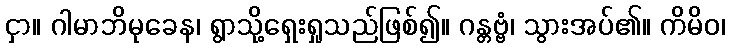
ငှာ။ ဂါမာဘိမုခေန၊ ရွာသို့ရှေးရှုသည်ဖြစ်၍။ ဂန္တဗ္ဗံ၊ သွားအပ်၏။ ကိမိဝ၊